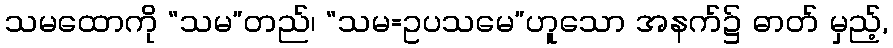
သမထောကို “သမ”တည်၊ “သမ=ဥပသမေ”ဟူသော အနက်၌ ဓာတ် မှည့်,